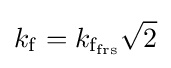
k_{\mathrm {f} }=k_{\mathrm {f} _{\mathrm {frs} }}{\sqrt {2}}